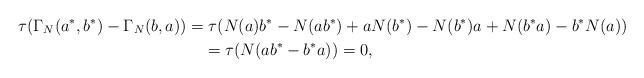
LaTeX: \begin{gather*}\tau(\Gamma_N(a^*, b^*)-\Gamma_N(b, a))=\tau(N(a)b^*-N(ab^*)+aN(b^*) -N(b^*)a+N(b^*a)-b^*N(a))\\\hphantom{}{}=\tau(N(ab^*-b^*a))=0,\end{gather*}